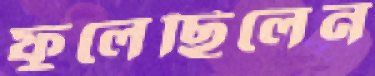
ফুলেছিলেন